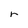
Character: r